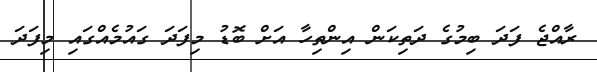
ރާއްޖެ ފަދަ ބިމުގެ ދަތިކަން އިންތިހާ އަށް ބޮޑު މިފަދަ ގައުމެއްގައި މިފަދަ